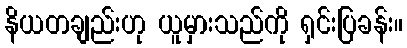
နိယတချည်းဟု ယူမှားသည်ကို ရှင်းပြခန်း။